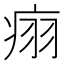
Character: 𬏬